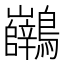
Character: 𪈖